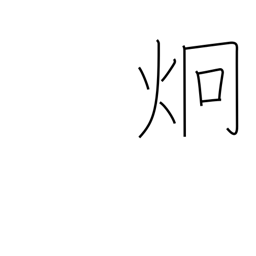
Meaning: light